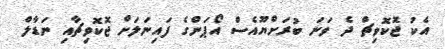
އެކު ޖޮކޮވިޗް ދެ ވަނަ ބުރަށްޔޫއެސް އޯޕަންގެ ފައިނަލަށް ޖޮކޮވިޗާއި ނަޑާލް